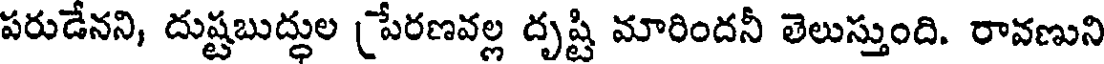
పరుడేనని, దుష్టబుద్ధుల పేరణవల్ల దృష్టి మారిందనీ తెలుస్తుంది. రావణుని